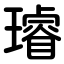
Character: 璿